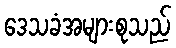
ဒေသခံအများစုသည်